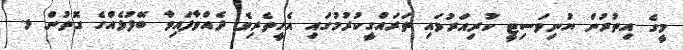
މީގެ އިތުރުން ޔުނިވަސިޓީ ކުރިއަރުވައި ތަރައްގީކުރުމުގައި އެހީތެރިވެ ދެއްވާފައިވާ ބޭފުޅެއްގެ ގޮތުން ޅ.